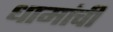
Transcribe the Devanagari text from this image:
धामांची